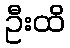
ဦးထိ